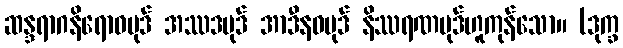
ဆန္ဒရာဂနိရောဓပုဒ် အဿဒပုဒ် အာဒီနဝပုဒ် နိဿရဏပုဒ်ဟူကုန်သော။ (ဒုက္ခ